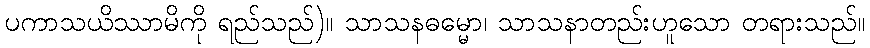
ပကာသယိဿာမိကို ရည်သည်)။ သာသနဓမ္မော၊ သာသနာတည်းဟူသော တရားသည်။